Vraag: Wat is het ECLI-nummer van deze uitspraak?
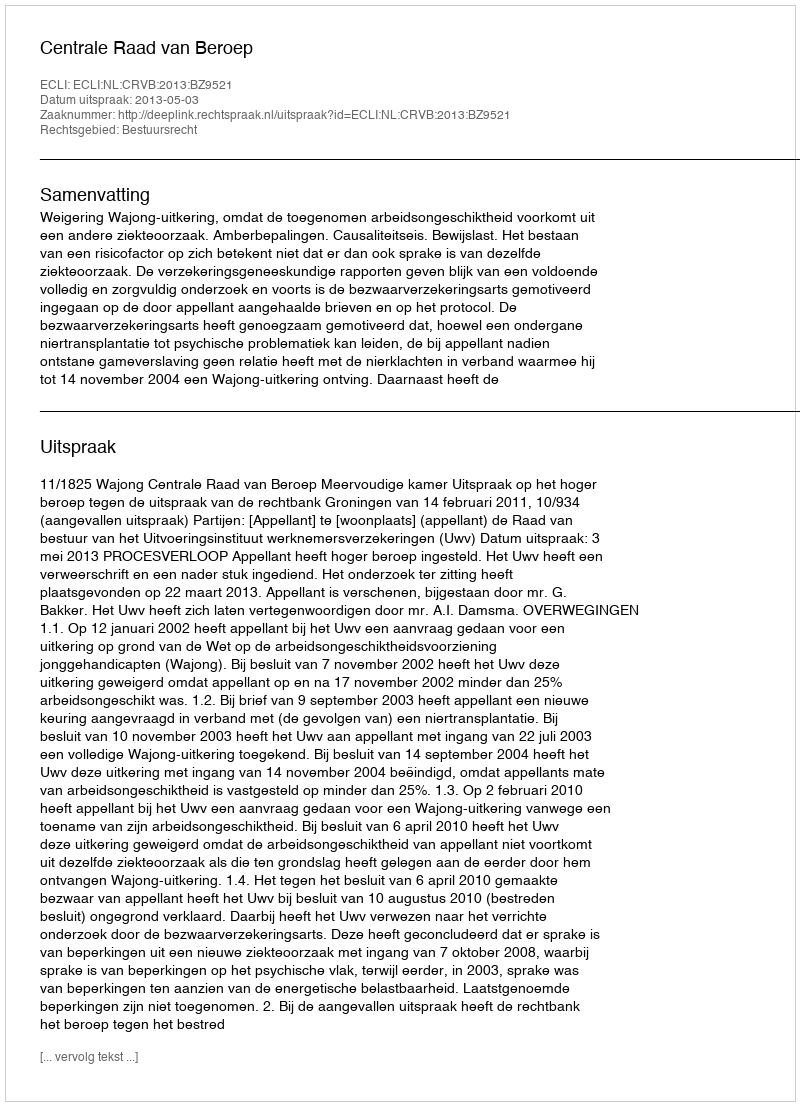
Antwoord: ECLI:NL:CRVB:2013:BZ9521